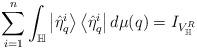
LaTeX: \begin{align*}\sum_{i=1}^{n}\int_{\mathbb{H}}\left|\hat{\eta}_{q}^{i}\right\rangle\left\langle \hat{\eta}_{q}^{i}\right|d\mu(q)=I_{V_\mathbb{H}^R} \end{align*}